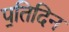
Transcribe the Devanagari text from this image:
प॒तिदिन